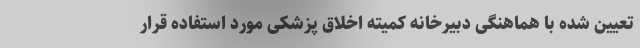
تعیین شده با هماهنگی دبیرخانه کمیته اخلاق پزشکی مورد استفاده قرار